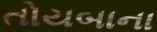
તોયબાના